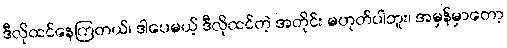
ဒီလိုထင်နေကြတယ်၊ ဒါပေမယ့် ဒီလိုထင်တဲ့ အတိုင်း မဟုတ်ပါဘူး၊ အမှန်မှာတော့